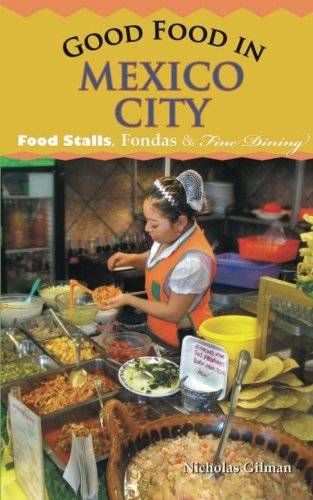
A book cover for good food in mexico city: Food Stalls, Fondas & Fine Dining; Nicholas Gilman; Cookbooks, Food & Wine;